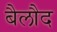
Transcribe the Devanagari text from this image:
बैलौद